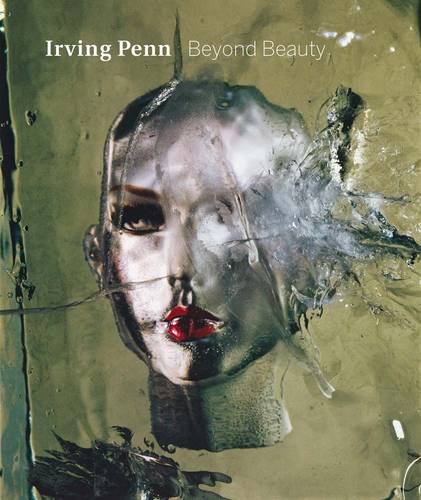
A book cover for Irving Penn: Beyond Beauty; Merry Foresta; Humor & Entertainment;